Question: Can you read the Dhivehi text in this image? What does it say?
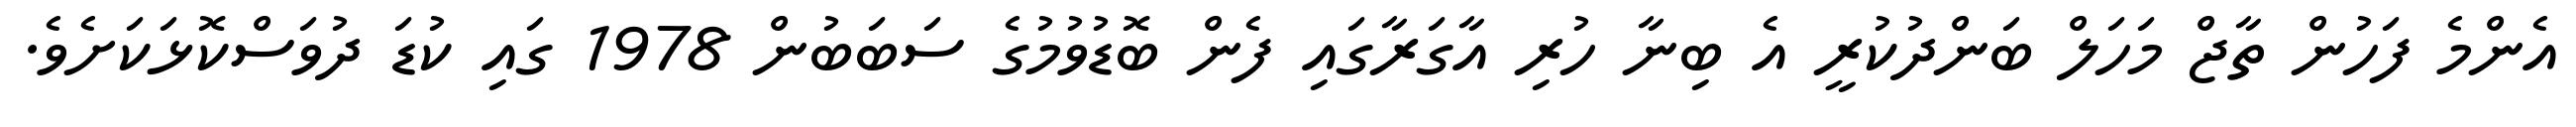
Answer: އެންމެ ފަހުން ތާޖް މަހަލް ބަންދުކުރީ އެ ބިނާ ހުރި އާގަރާގައި ފެން ބޮޑުވުމުގެ ސަބަބުން 1978 ގައި ކުޑަ ދުވަސްކޮޅަކަށެވެ.